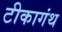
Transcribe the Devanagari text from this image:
टीकागंथ